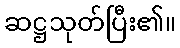
ဆဋ္ဌသုတ်ပြီး၏။